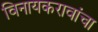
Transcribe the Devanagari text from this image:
विनायकरावांचा